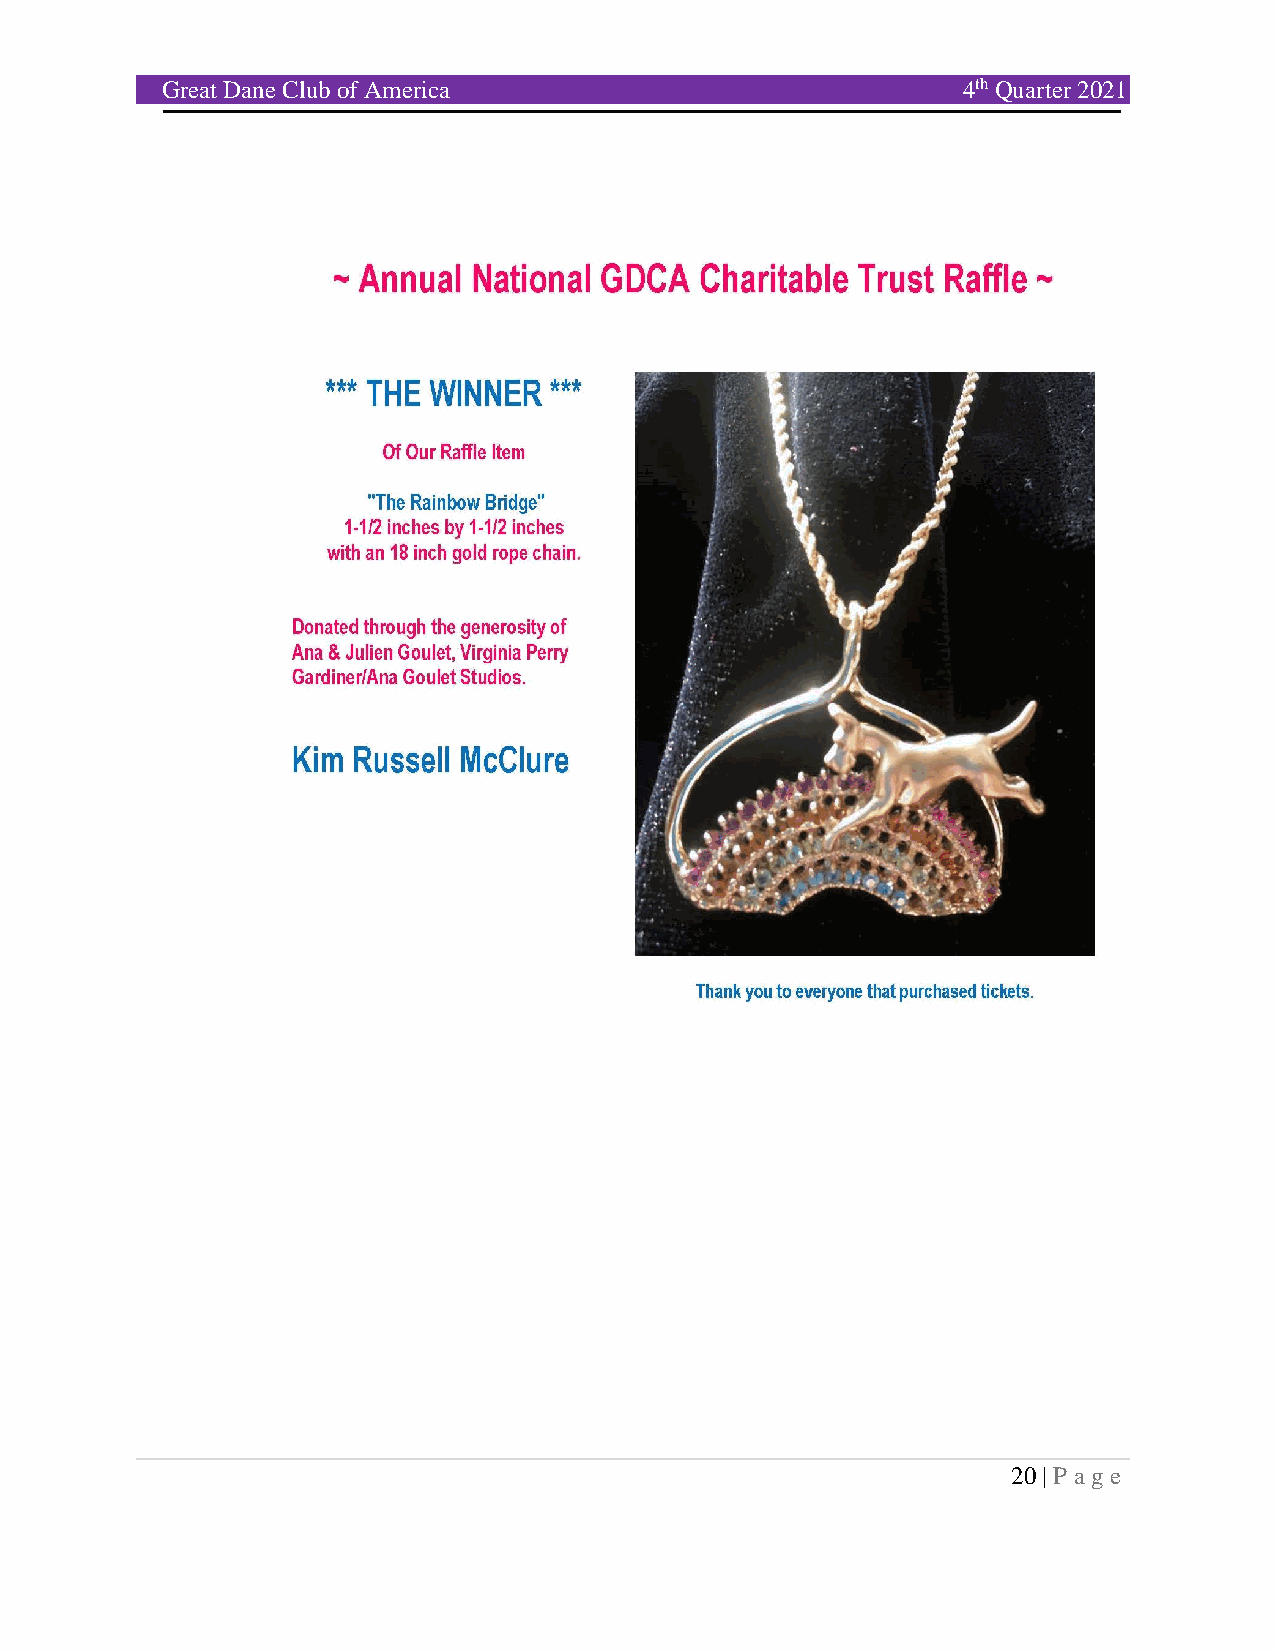
Great Dane Club of America                           4th Quarter 2021
 20 | P age